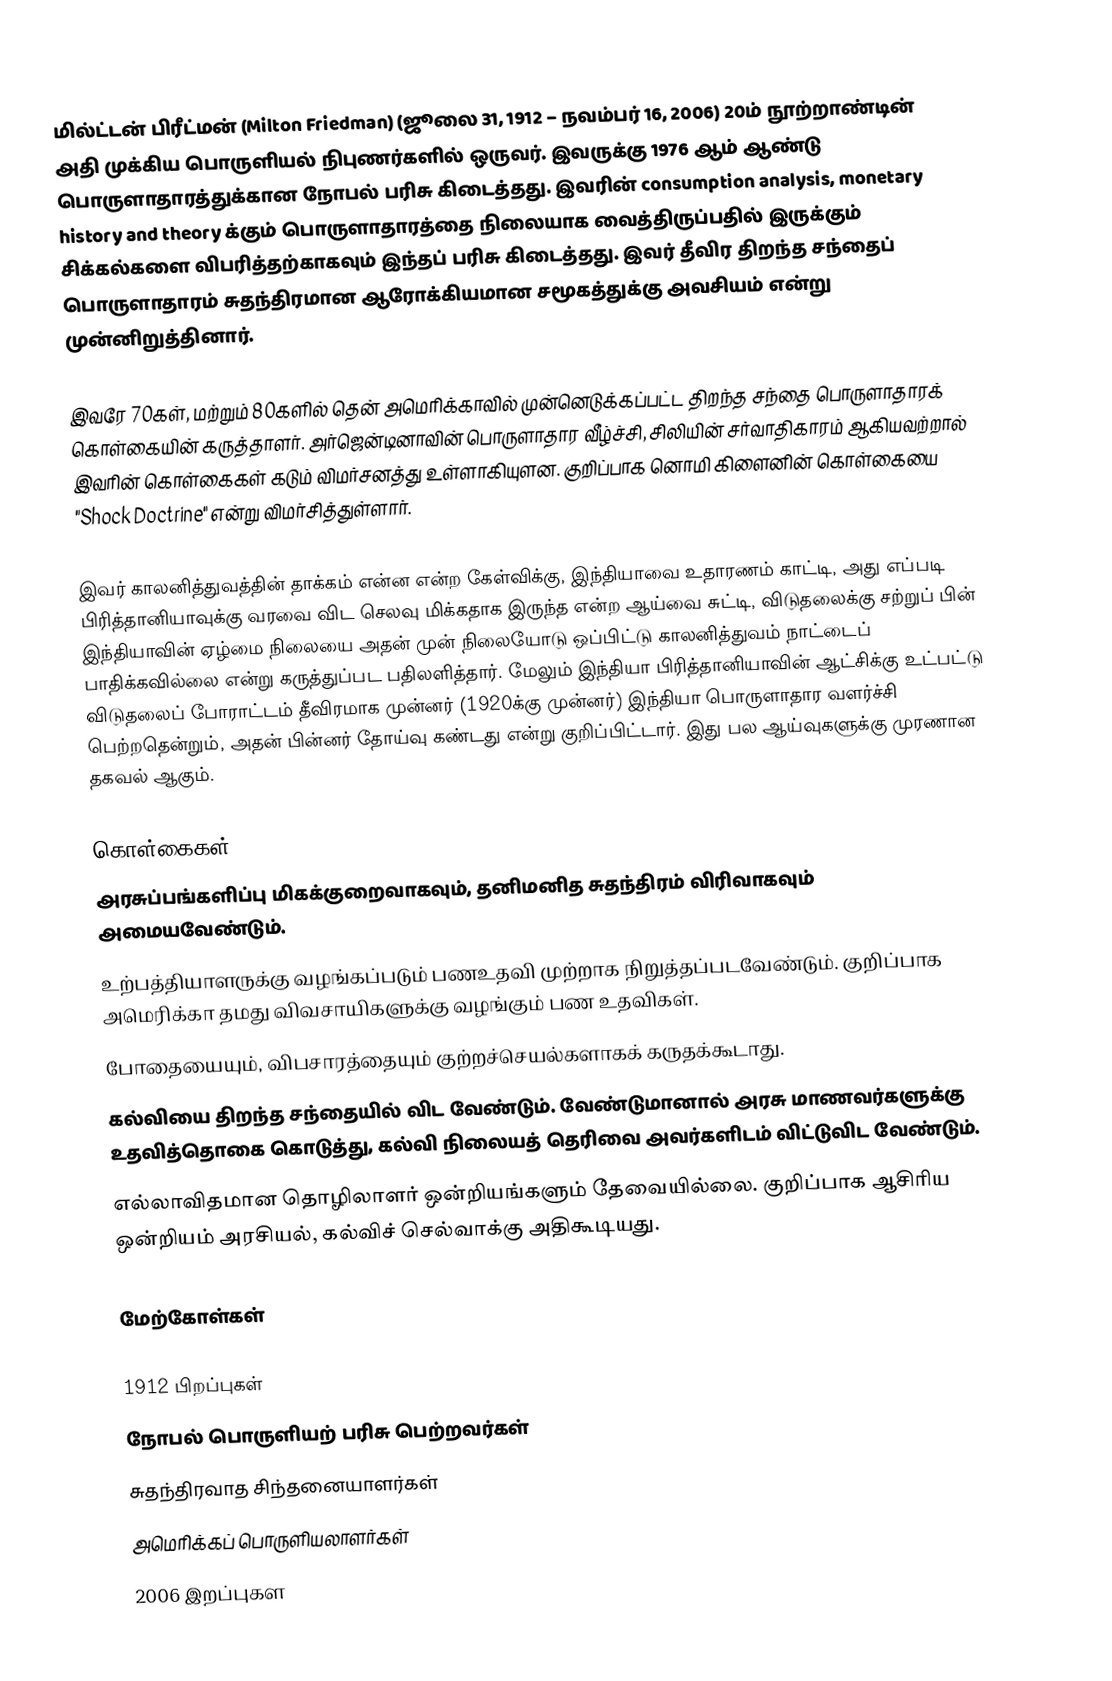
மில்ட்டன் பிரீட்மன் (Milton Friedman) (ஜூலை 31, 1912 – நவம்பர் 16, 2006) 20ம் நூற்றாண்டின் அதி முக்கிய பொருளியல் நிபுணர்களில் ஒருவர்.  இவருக்கு 1976 ஆம் ஆண்டு பொருளாதாரத்துக்கான நோபல் பரிசு கிடைத்தது. இவரின் consumption analysis, monetary history and theory க்கும் பொருளாதாரத்தை நிலையாக வைத்திருப்பதில் இருக்கும் சிக்கல்களை விபரித்தற்காகவும் இந்தப் பரிசு கிடைத்தது. இவர் தீவிர திறந்த சந்தைப் பொருளாதாரம் சுதந்திரமான ஆரோக்கியமான சமூகத்துக்கு அவசியம் என்று முன்னிறுத்தினார்.

இவரே 70கள், மற்றும் 80களில் தென் அமெரிக்காவில் முன்னெடுக்கப்பட்ட திறந்த சந்தை பொருளாதாரக் கொள்கையின் கருத்தாளர். அர்ஜென்டினாவின் பொருளாதார வீழ்ச்சி, சிலியின் சர்வாதிகாரம் ஆகியவற்றால் இவரின் கொள்கைகள் கடும் விமர்சனத்து உள்ளாகியுளன. குறிப்பாக னொமி கிளைனின் கொள்கையை "Shock Doctrine" என்று விமர்சித்துள்ளார்.

இவர் காலனித்துவத்தின் தாக்கம் என்ன என்ற கேள்விக்கு, இந்தியாவை உதாரணம் காட்டி, அது எப்படி பிரித்தானியாவுக்கு வரவை விட செலவு மிக்கதாக இருந்த என்ற ஆய்வை சுட்டி, விடுதலைக்கு சற்றுப் பின் இந்தியாவின் ஏழ்மை நிலையை அதன் முன் நிலையோடு ஒப்பிட்டு காலனித்துவம் நாட்டைப் பாதிக்கவில்லை என்று கருத்துப்பட பதிலளித்தார். மேலும் இந்தியா பிரித்தானியாவின் ஆட்சிக்கு உட்பட்டு விடுதலைப் போராட்டம் தீவிரமாக முன்னர் (1920க்கு முன்னர்) இந்தியா பொருளாதார வளர்ச்சி பெற்றதென்றும், அதன் பின்னர் தோய்வு கண்டது என்று குறிப்பிட்டார். இது பல ஆய்வுகளுக்கு முரணான தகவல் ஆகும்.

கொள்கைகள்
 அரசுப்பங்களிப்பு மிகக்குறைவாகவும், தனிமனித சுதந்திரம் விரிவாகவும் அமையவேண்டும்.
 உற்பத்தியாளருக்கு வழங்கப்படும் பணஉதவி முற்றாக நிறுத்தப்படவேண்டும். குறிப்பாக அமெரிக்கா தமது விவசாயிகளுக்கு வழங்கும் பண உதவிகள்.
 போதையையும், விபசாரத்தையும் குற்றச்செயல்களாகக் கருதக்கூடாது.
 கல்வியை திறந்த சந்தையில் விட வேண்டும். வேண்டுமானால் அரசு மாணவர்களுக்கு உதவித்தொகை கொடுத்து, கல்வி நிலையத் தெரிவை அவர்களிடம் விட்டுவிட வேண்டும்.
 எல்லாவிதமான தொழிலாளர் ஒன்றியங்களும் தேவையில்லை. குறிப்பாக ஆசிரிய ஒன்றியம் அரசியல், கல்விச் செல்வாக்கு அதிகூடியது.

மேற்கோள்கள்

1912 பிறப்புகள்
நோபல் பொருளியற் பரிசு பெற்றவர்கள்
சுதந்திரவாத சிந்தனையாளர்கள்
அமெரிக்கப் பொருளியலாளர்கள்
2006 இறப்புகள